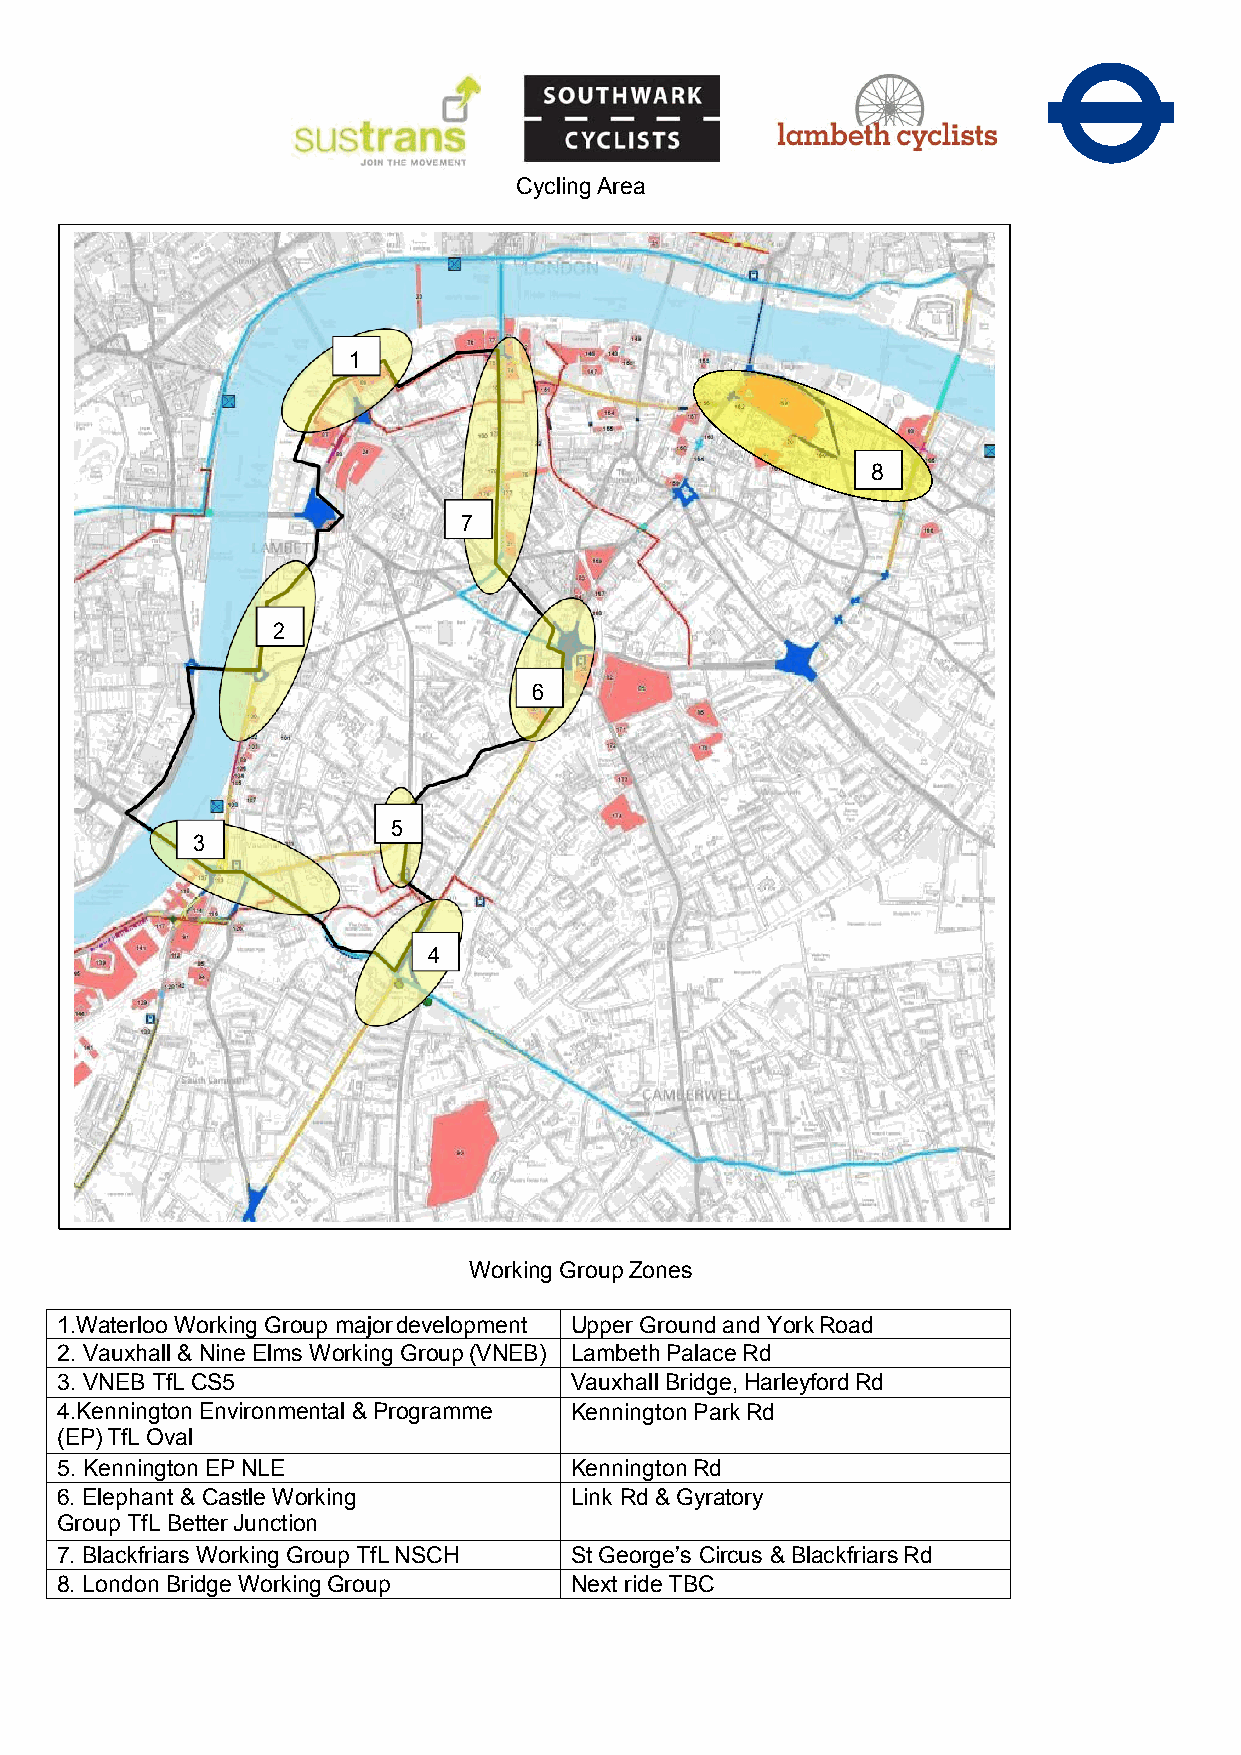
Cycling Area
 1
 8
 7
 2
 6
 5
 3
 4
 Working Group Zones
 1.Waterloo Working Group major development Upper Ground and York Road
 2. Vauxhall & Nine Elms Working Group (VNEB) Lambeth Palace Rd
 3. VNEB TfL CS5                   Vauxhall Bridge, Harleyford Rd
 4.Kennington Environmental & Programme Kennington Park Rd
 (EP) TfL Oval
 5. Kennington EP NLE              Kennington Rd
 6. Elephant & Castle Working      Link Rd & Gyratory
 Group TfL Better Junction
 7. Blackfriars Working Group TfL NSCH St George’s Circus & Blackfriars Rd
 8. London Bridge Working Group    Next ride TBC